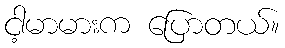
ငါ့မာမားက ပြောတယ်။